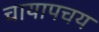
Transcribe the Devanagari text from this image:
चायापचय